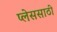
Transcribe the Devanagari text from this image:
प्लेससाठी